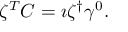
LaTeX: \zeta ^ { T } C = \imath \zeta ^ { \dagger } \gamma ^ { 0 } .